Memorandum on the prevention of leprosy by segregation of the affected
Disease focus: Leprosy
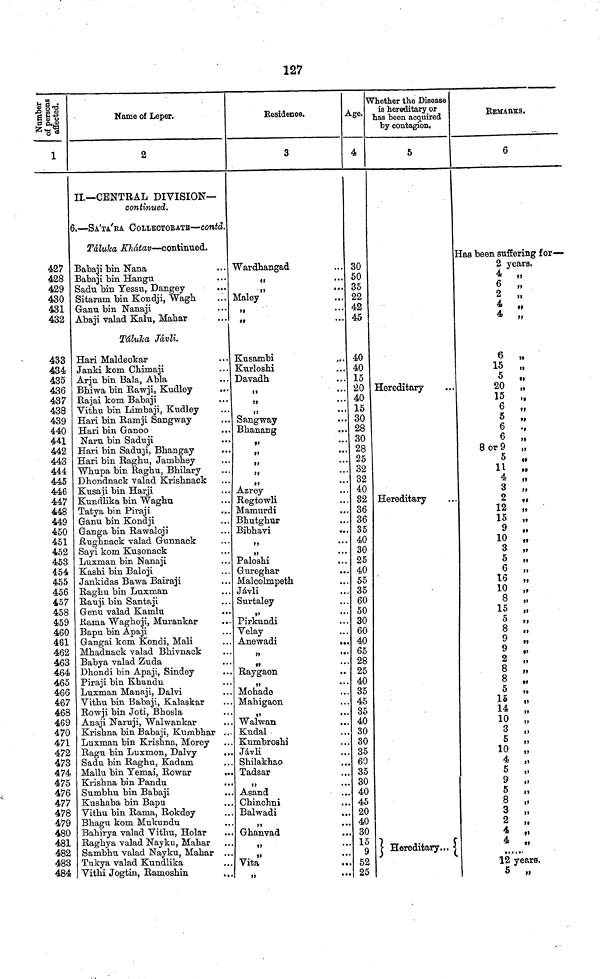
127
Numbers of persons affected.
1
427
428
429
430
431
432
433
434
435
436
437
438
439
440
441
442
443
444
445
446
447
448
449
450
451
452
453
454
455
456
457
458
459
460
461
462
463
464
465
466
467
468
469
470
471
472
473
474
475
476
477
478
479
480
481
482
483
484
Name of Leper.
2
II—CENTRAL DIVISION—
continued.
6.—SA'TA'RA COLLECTORATE—contd.
Táluka Khátav—continued.
Babaji bin Nana
Babaji bin Hangu
Sadu bin Yessu, Dangey
Sitaram bin Kondji, Wagh
...
Ganu bin Nanaji
Abaji valad Kalu, Mahar
Táluha Jávli.
Hari Maldeokar
Janki kom Chimaji
Arju bin Bala, Abla
Bhiwa bin Rawji, Kudley
Rajai kom Babaji
Vithu bin Limbaji, Kudley
Hari bin Ramji Sangway
Hari bin Ganoo
Naru bin Saduji
Hari bin Saduji, Bhangay
Hari bin Raghu, Jambhey
Whupa bin Raghu, Bhilary
Dhondnack valad Krishnack
Kusaji bin Harji
Kundlika bin Waghu
Tatya bin Piraji
...
Ganu bin Kondji
Ganga bin Rawaloji
Rughnack valad Gunnack
Sayi kom Kusonack
Luxman bin Nanaji
Kashi bin Baloji
Jankidas Bawa Bairaji
Raghu bin Luxman
Rauji bin Santaji
Genu valad Kamlu
Kama Waghoji, Murankar
Bapu bin Apaji
Gangai kom Kondi, Mali
Mhadnack valad Bhivnack
Babya valad Zuda
Dhondi bin Apaji, Sindey
Piraji bin Khandu
Luxman Manaji, Dalvi
Vithu bin Babaji, Kalaskar
Rowji bin Joti, Bhosla
Anaji Naruji, Walwankar
Krishna bin Babaji, Kumbhar ...
Luxman bin Krishna, Morey
Ragu bin Luxmon, Dalvy
...
Sadu bin Raghu, Kadam
Mallu bin Temai, Rowar
...
Krishna bin Pandu
Sumbhu bin Babaji
...
Kushaba bin Bapu
Vithu bin Rama, Rokdey
Bhagu kom Mukundu
Bahirya valad Vithu, Holar
Raghya valad Nayku, Mahar
Sambhu valad Nayku, Mahar
Tukya valad Kundlika
Vithi Jogtin, Ramoshin
Residence.
3
Wardhangad
• ••
Maley
...
»»
•••
Kusambi
Kurloshi
Davadh
,,
•••
,,
•• •
»
••
Sangway
Bhanang
..
,,
,,
••
,,
,,
••
Azrey
Regtowli
Mamurdi
Bhutghur
Bibhavi
..
,,
...
,,
...
Paloshi
Gureghar
Malcolmpeth
Jávli
Surtaley
Pirkundi
Velay
Anewadi
...
,,
•• •
,,
Raygaon
,,
* * *
Mohade
Mahigaon
Walwan
Kudal
Kumbroshi
Jávli
Shilakhao
Tadsar
,,
Asand
Chinchni
Balwadi
Ghanvad
Vita
..
,,
•••
Age.
4
30
50
35
22
42
45
40
40
15
20
40
15
30
28
30
28
25
32
32
40
32
36
36
35
40
30
25
40
55
35
60
50
30
60
40
65
28
25
40
35
45
35
40
30
30
35
60
35
30
40
45
20
40
30
15
9
52
25
Whether the Disease
is hereditary or
has been acquired
by contagion,
5
Hereditary
Hereditary
Hereditary...
REMARKS.
6
Has been suffering for—
2 years.
4 ,,
6 „
2 „
4
,,
4 „
6 ,,
15 „
5 „
20 „
15 „
6
,,
6 ,,
6
.,
6 „
8 or 9 „
5 ,,
11 ,,
4 „
3 „
2 „
12 „
15 „
9
,,
10 „
3 „
5 ,,
6 „
16 „
10 „
8 „
15 „
5 „
8 „
9 „
9
2 „
8 „
8 „
5 „
14 „
10 „
3 „
5 „
10 „
4 „
5
,,
9 „
5 „
8 „
3 „
2
,,
4 „
4 ,,
12 years.
5 „